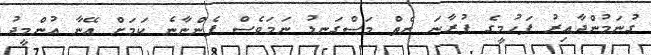
ގުނަމުންދާއިރު ފަހުމީގެ ފުރާނަ ނެތް މަސްގަނޑު ނަމަވެސް ފެންނާނެ ކަމަށް އޭނާ އުންމީދު